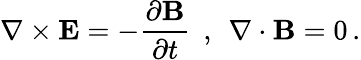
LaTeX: \nabla\times{\mathbf E}=-\frac{\partial{\mathbf B}}{\partial t}\, \; ,\, \; \nabla\cdot{\mathbf B}=0\, .